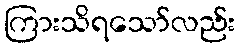
ကြားသိရသော်လည်း